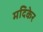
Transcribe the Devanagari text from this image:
मदिकेर